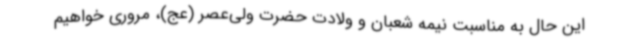
این حال به مناسبت نیمه شعبان و ولادت حضرت ولی‌عصر (عج)، مروری خواهیم